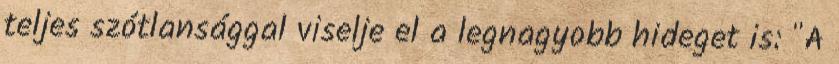
teljes szótlansággal viselje el a legnagyobb hideget is: "A